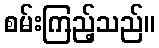
စမ်းကြည့်သည်။